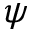
\psi